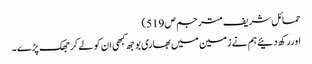
حمائل شریف مترجم ص519)
اوررکھ دئیےہم نے زمین میں بھاری بوجھ کبھی ان کو لے کر جھک پڑے ۔